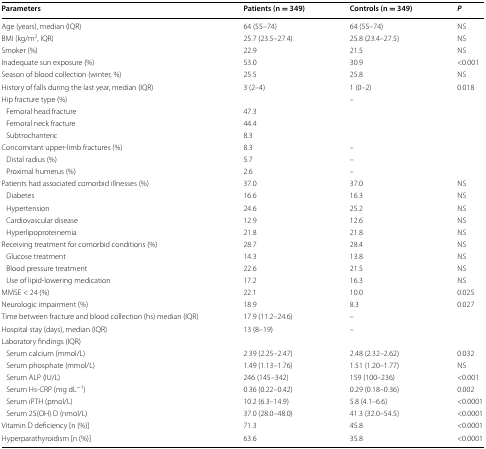
<table><thead><tr><td><b>Parameters</b></td><td><b>Patients (n = 349)</b></td><td><b>Controls (n = 349)</b></td><td><b><i>P</i></b></td></tr></thead><tbody><tr><td>Age (years), median (IQR)</td><td>64 (55–74)</td><td>64 (55–74)</td><td>NS</td></tr><tr><td>BMI (kg/m<sup>2</sup>, IQR)</td><td>25.7 (23.5–27.4)</td><td>25.8 (23.4–27.5)</td><td>NS</td></tr><tr><td>Smoker (%)</td><td>22.9</td><td>21.5</td><td>NS</td></tr><tr><td>Inadequate sun exposure (%)</td><td>53.0</td><td>30.9</td><td>&lt;0.001</td></tr><tr><td>Season of blood collection (winter, %)</td><td>25.5</td><td>25.8</td><td>NS</td></tr><tr><td>History of falls during the last year, median (IQR)</td><td>3 (2–4)</td><td>1 (0–2)</td><td>0.018</td></tr><tr><td>Hip fracture type (%)</td><td></td><td>–</td><td></td></tr><tr><td> Femoral head fracture</td><td>47.3</td><td></td><td></td></tr><tr><td> Femoral neck fracture</td><td>44.4</td><td></td><td></td></tr><tr><td> Subtrochanteric</td><td>8.3</td><td></td><td></td></tr><tr><td>Concomitant upper-limb fractures (%)</td><td>8.3</td><td>–</td><td></td></tr><tr><td> Distal radius (%)</td><td>5.7</td><td>–</td><td></td></tr><tr><td> Proximal humerus (%)</td><td>2.6</td><td>–</td><td></td></tr><tr><td>Patients had associated comorbid illnesses (%)</td><td>37.0</td><td>37.0</td><td>NS</td></tr><tr><td> Diabetes</td><td>16.6</td><td>16.3</td><td>NS</td></tr><tr><td> Hypertension</td><td>24.6</td><td>25.2</td><td>NS</td></tr><tr><td> Cardiovascular disease</td><td>12.9</td><td>12.6</td><td>NS</td></tr><tr><td> Hyperlipoproteinemia</td><td>21.8</td><td>21.8</td><td>NS</td></tr><tr><td>Receiving treatment for comorbid conditions (%)</td><td>28.7</td><td>28.4</td><td>NS</td></tr><tr><td> Glucose treatment</td><td>14.3</td><td>13.8</td><td>NS</td></tr><tr><td> Blood pressure treatment</td><td>22.6</td><td>21.5</td><td>NS</td></tr><tr><td> Use of lipid-lowering medication</td><td>17.2</td><td>16.3</td><td>NS</td></tr><tr><td>MMSE &lt; 24 (%)</td><td>22.1</td><td>10.0</td><td>0.025</td></tr><tr><td>Neurologic impairment (%)</td><td>18.9</td><td>8.3</td><td>0.027</td></tr><tr><td>Time between fracture and blood collection (hs) median (IQR)</td><td>17.9 (11.2–24.6)</td><td>–</td><td></td></tr><tr><td>Hospital stay (days), median (IQR)</td><td>13 (8–19)</td><td>–</td><td></td></tr><tr><td>Laboratory findings (IQR)</td><td></td><td></td><td></td></tr><tr><td> Serum calcium (mmol/L)</td><td>2.39 (2.25–2.47)</td><td>2.48 (2.32–2.62)</td><td>0.032</td></tr><tr><td> Serum phosphate (mmol/L)</td><td>1.49 (1.13–1.76)</td><td>1.51 (1.20–1.77)</td><td>NS</td></tr><tr><td> Serum ALP (IU/L)</td><td>246 (145–342)</td><td>159 (100–236)</td><td>&lt;0.001</td></tr><tr><td> Serum Hs-CRP (mg dL<sup>−1</sup>)</td><td>0.36 (0.22–0.42)</td><td>0.29 (0.18–0.36)</td><td>0.002</td></tr><tr><td> Serum iPTH (pmol/L)</td><td>10.2 (6.3–14.9)</td><td>5.8 (4.1–6.6)</td><td>&lt;0.0001</td></tr><tr><td> Serum 25(OH) D (nmol/L)</td><td>37.0 (28.0–48.0)</td><td>41.3 (32.0–54.5)</td><td>&lt;0.0001</td></tr><tr><td>Vitamin D deficiency [n (%)]</td><td>71.3</td><td>45.8</td><td>&lt;0.0001</td></tr><tr><td>Hyperparathyroidism [n (%)]</td><td>63.6</td><td>35.8</td><td>&lt;0.0001</td></tr></tbody></table>